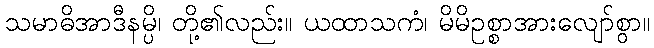
သမာဓိအာဒီနမ္ပိ၊ တို့၏လည်း။ ယထာသကံ၊ မိမိဥစ္စာအားလျော်စွာ။